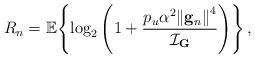
LaTeX: \begin{align*}{R_n} = {\mathbb E}\!\left\{ {{{\log }_2}\left( {1 + \frac{{{p_u}{\alpha ^2}{{\left\| {{{\bf{g}}_n}} \right\|}^4}}}{ {\cal I}_{{\bf G}} }} \right)} \right\},\end{align*}